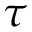
\tau